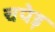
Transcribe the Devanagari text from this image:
चपेड़